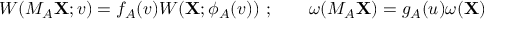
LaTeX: { \cal W } ( M _ { A } { \bf X } ; v ) = f _ { A } ( v ) { \cal W } ( { \bf X } ; \phi _ { A } ( v ) ) \ ; \qquad \omega ( M _ { A } { \bf X } ) = g _ { A } ( u ) \omega ( { \bf X } )